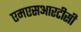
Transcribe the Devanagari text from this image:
एमएसआरटीसी